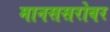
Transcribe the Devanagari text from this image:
मानससरोवर